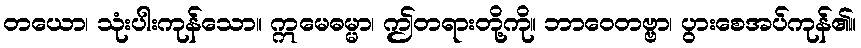
တယော၊ သုံးပါးကုန်သော။ ဣမေဓမ္မာ၊ ဤတရားတို့ကို။ ဘာဝေတဗ္ဗာ၊ ပွားစေအပ်ကုန်၏။